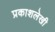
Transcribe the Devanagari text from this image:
प्रकाशलेखी